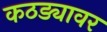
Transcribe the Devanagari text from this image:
कठड्यावर